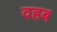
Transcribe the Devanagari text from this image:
वहब